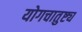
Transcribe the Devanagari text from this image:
योगचातुष्ट्य